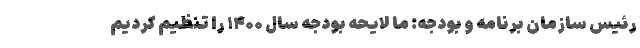
رئیس سازمان برنامه و بودجه: ما لایحه بودجه سال ۱۴۰۰ را تنظیم کردیم